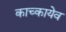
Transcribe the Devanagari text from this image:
काच्कायेव